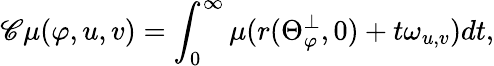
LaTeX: {\mathscr C}\mu(\varphi,u,v)=\int_{0}^{\infty}\mu(r(\Theta_{\varphi}^{\perp},0)+t\omega_{u,v})dt,